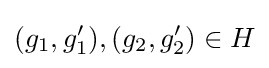
(g_{1},g_{1}'),(g_{2},g_{2}')\in H